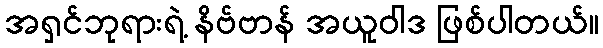
အရှင်ဘုရားရဲ့ နိဗ်ဗာန် အယူဝါဒ ဖြစ်ပါတယ်။